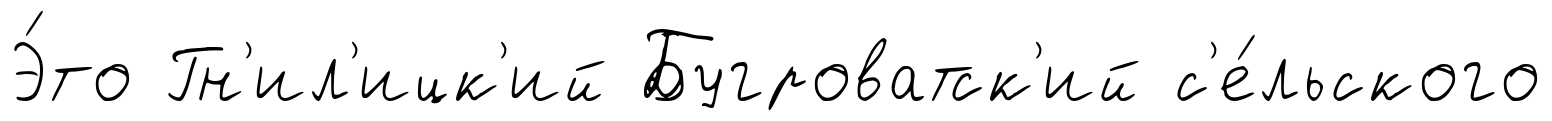
Э́то Гн'ил'ицк'ий Бугроватск'ий с'е́льского